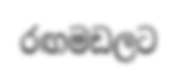
රඟමඩලට